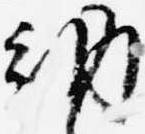
納